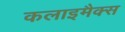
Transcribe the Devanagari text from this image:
कलाइमैक्स